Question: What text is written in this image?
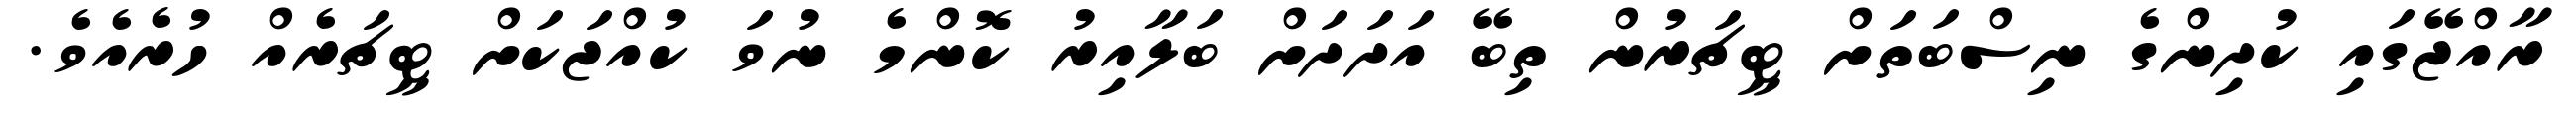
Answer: ރާއްޖޭގައި ކުދިންގެ ނިސްބަތަށް ޓީޗަރުން ތިބޭ އަދަދަށް ބަލާއިރު ކޮންމެ ނުވަ ކުއްޖަކަށް ޓީޗަރެއް ހުރެއެވެ.